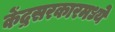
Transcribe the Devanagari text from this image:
केंद्रसरकारमध्ये